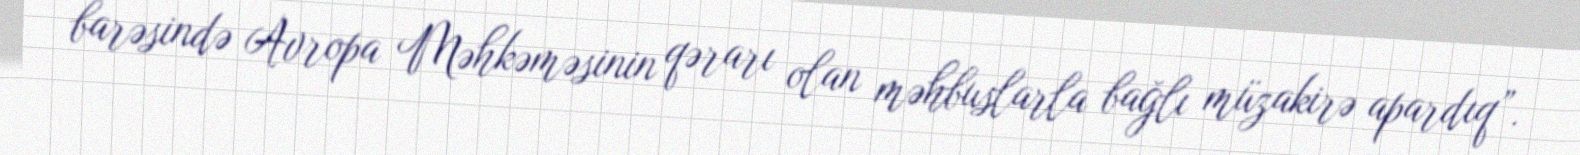
barəsində Avropa Məhkəməsinin qərarı olan məhbuslarla bağlı müzakirə apardıq”.